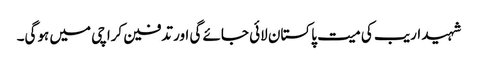
شہید اریب کی میت پاکستان لائی جائے گی اور تدفین کراچی میں ہوگی۔